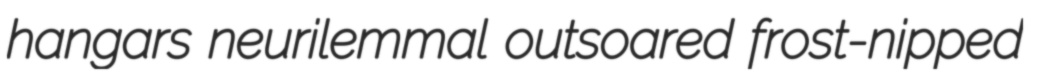
hangars neurilemmal outsoared frost-nipped